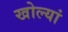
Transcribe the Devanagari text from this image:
खोल्यां